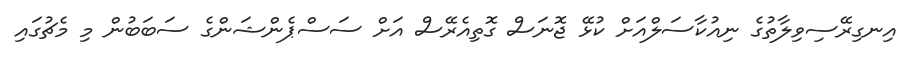
އިނގިރޭސިވިލާތުގެ ނިއުކާސަލްއަށް ކުޅޭ ޖޮނަސް ގޮތިއެރޭސް އަށް ސަސްޕެންޝަންގެ ސަބަބުން މި މެޗުގައި